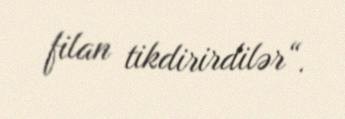
filan tikdirirdilər“.